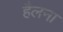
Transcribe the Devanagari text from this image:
हैलना